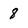
Character: 8